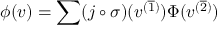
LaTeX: \phi ( v ) = \sum ( j \circ \sigma ) ( v ^ { ( \overline { { 1 } } ) } ) \Phi ( v ^ { ( \overline { { 2 } } ) } )